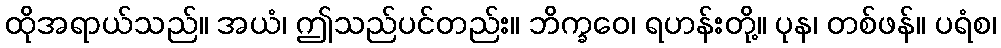
ထိုအရာယ်သည်။ အယံ၊ ဤသည်ပင်တည်း။ ဘိက္ခဝေ၊ ရဟန်းတို့။ ပုန၊ တစ်ဖန်။ ပရံစ၊